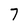
Character: 7